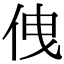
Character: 𠈐